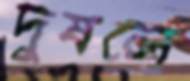
দুষলে